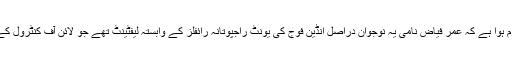
حکام نے بتایا ہے کہ تحقیقات سے معلوم ہوا ہے کہ عمر فیاض نامی یہ نوجوان دراصل انڈین فوج کی یونٹ راجپوتانہ رائفلز کے وابستہ لیفٹینٹ تھے جو لائن آف کنٹرول کے حساس سیکڑ اکھنور میں تعینات تھے۔